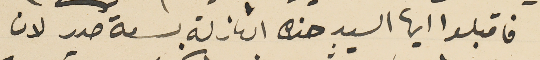
فاقبلوا ايها السيد هذه النازلة بسعة صدر لان